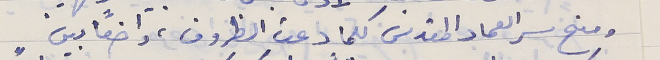
ومنح سر العماد المقدس كلما دعت الظروف، واضعاً بين